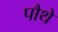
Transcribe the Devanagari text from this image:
पौथे